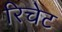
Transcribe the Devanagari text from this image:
रिचेट